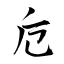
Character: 卮